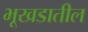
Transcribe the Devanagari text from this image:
भूखडातील